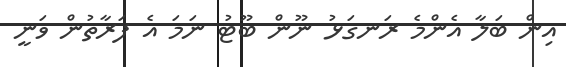
އިން ބަލާ އެންމެ ރަނގަޅު ނޫން ބޫޓު ނަމަ އެ ފަރާތުން ވަނީ